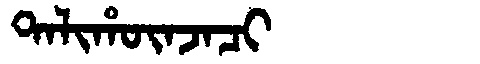
Manchu: ᡨᠠᠯᡳᡥᡡᠨᠵᠠᠴᡳ
Romanization: TALIHŪNJACI